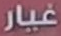
غيار